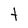
Character: t